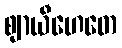
ဈာယီဟေတေ